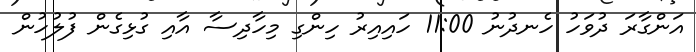
އަންގާރަ ދުވަހު ހެނދުނު 11:00 ހައިއިރު ހިންގި މިހާދިސާ އާއި ގުޅިގެން ފުލުހުން